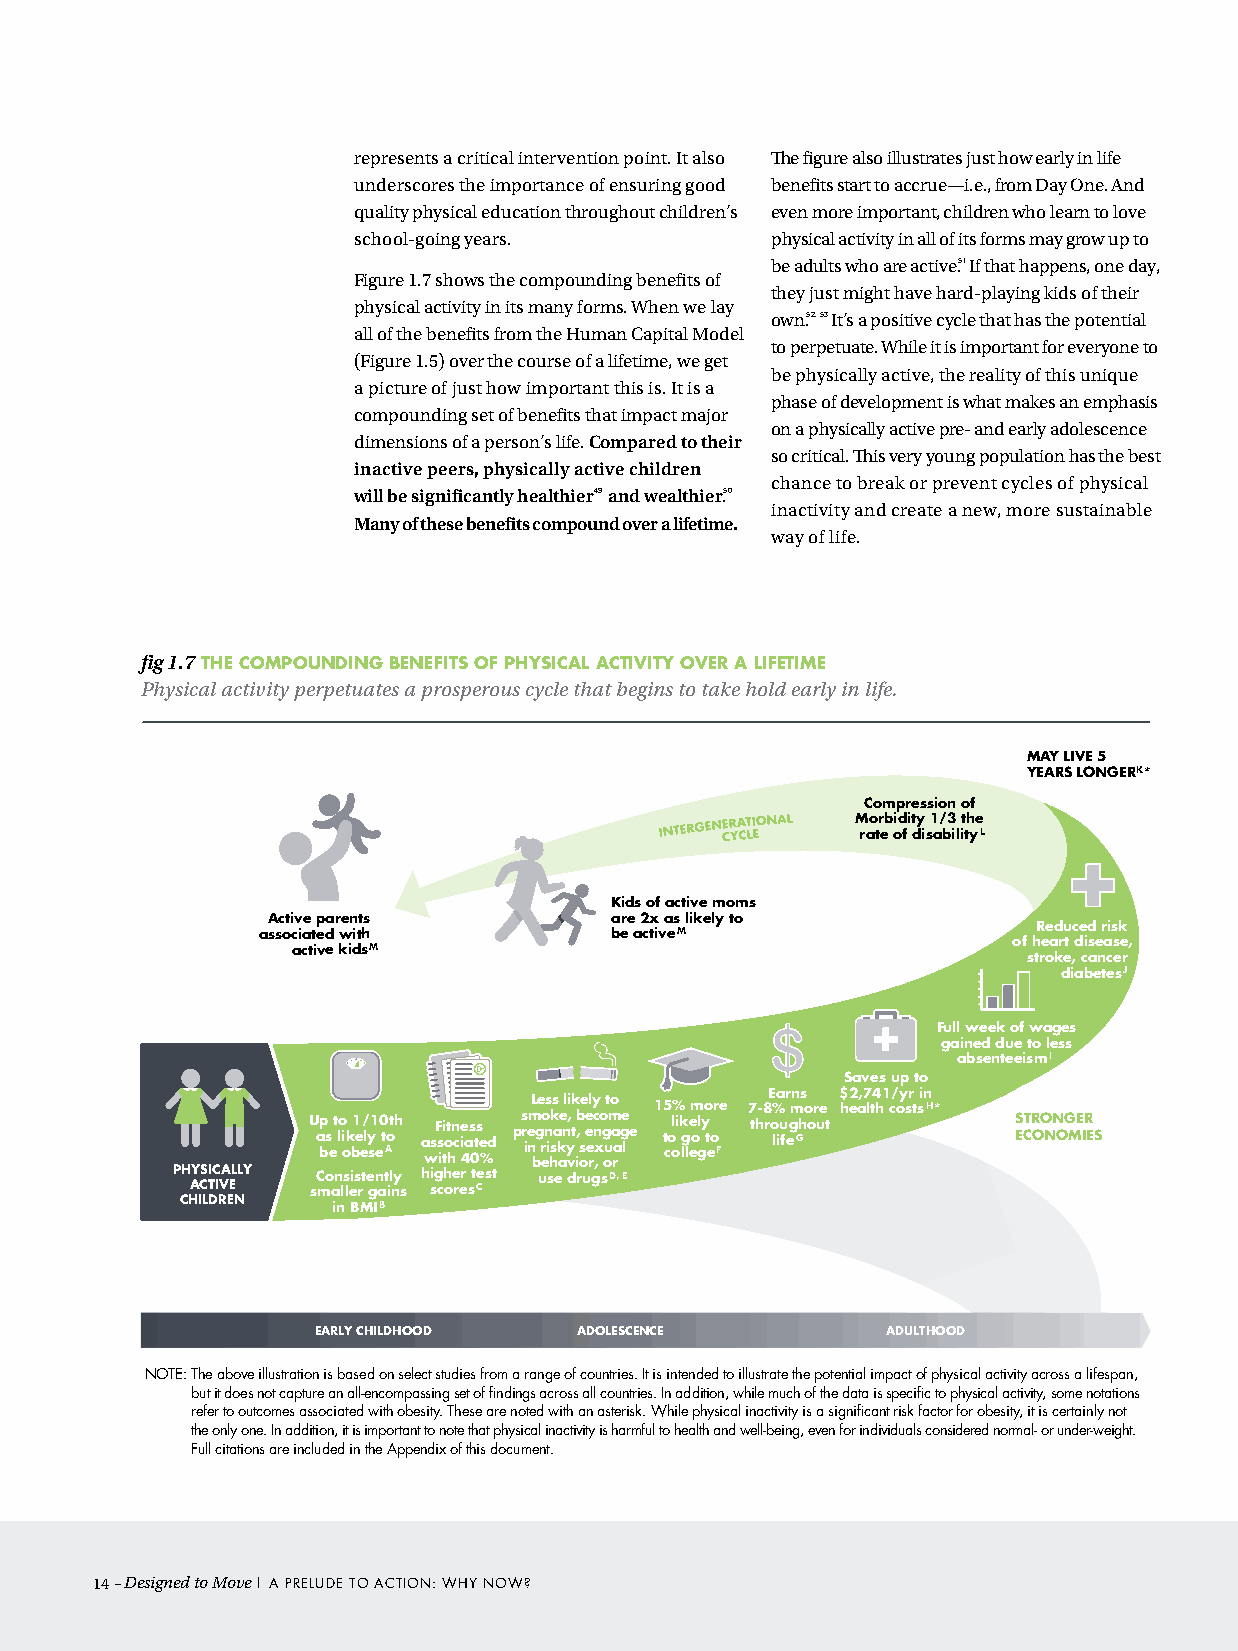
represents a critical intervention point. It also The figure also illustrates just how early in life
 underscores the importance of ensuring good benefits start to accrue—i.e., from Day One. And
 quality physical education throughout children’s even more important, children who learn to love
 school-going years.         physical activity in all of its forms may grow up to
 be adults who are active.51 If that happens, one day,
 Figure 1.7 shows the compounding benefits of
 they just might have hard-playing kids of their
 physical activity in its many forms. When we lay
 own.52, 53 It’s a positive cycle that has the potential
 all of the benefits from the Human Capital Model
 to perpetuate. While it is important for everyone to
 (Figure 1.5) over the course of a lifetime, we get
 be physically active, the reality of this unique
 a picture of just how important this is. It is a
 phase of development is what makes an emphasis
 compounding set of benefits that impact major
 on a physically active pre- and early adolescence
 dimensions of a person’s life. Compared to their
 so critical. This very young population has the best
 inactive peers, physically active children
 chance to break or prevent cycles of physical
 will be significantly healthier49 and wealthier.50
 inactivity and create a new, more sustainable
 Many of these benefits compound over a lifetime.
 way of life.
 fig 1.7 ThE cOMpOuNDING bENEfITS Of phySIcal acTIVITy OVEr a lIfETIME
 Physical activity perpetuates a prosperous cycle that begins to take hold early in life.
 MAY LIVE 5
 YEARS LONGERK*
 Compression of
 Morbidity 1/3 the
 rate of disabilityL
 Kids of active moms
 Active parents        are 2x as likely to
 Reduced risk
 associated with        be activeM
 of heart disease,
 active kidsM
 stroke, cancer
 diabetesJ
 Full week of wages
 gained due to less
 absenteeismI
 Saves up to
 Earns $2,741/yr in
 Less likely to 15% more 7-8% more health costsH*
 U a bp s e t lo i ok b1 e e/ ly s1 e 0 t Aoth a wsF s ii tot hn c ie 4as 0ts e %d ps r im e n bg o r en i hk sa k ae n, y
 v
 t ib , os e e e rc n ,x o g oum a rage le t col oi k lg le eol g y t eo F thr o liu feg Gh out S ECTR OO NN OG ME IR ES
 PHYSICALLY Consistently higher test use drugsD, E
 ACTIVE  smaller gains scoresC
 CHILDREN  in BMIB
 EARLY CHILDHOOD  ADOLESCENCE          ADULTHOOD
 NOTE: The above illustration is based on select studies from a range of countries. It is intended to illustrate the potential impact of physical activity across a lifespan,
 but it does not capture an all-encompassing set of findings across all countries. In addition, while much of the data is specific to physical activity, some notations
 refer to outcomes associated with obesity. These are noted with an asterisk. While physical inactivity is a significant risk factor for obesity, it is certainly not
 the only one. In addition, it is important to note that physical inactivity is harmful to health and well-being, even for individuals considered normal- or under-weight.
 Full citations are included in the Appendix of this document.
 14– Designed to Move | A PRELudE TO AcTION: WHY NOW?